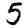
Digit: 5